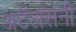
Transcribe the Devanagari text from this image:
अटॅलसनी